NAE_ERA_R-2632_ENSV_TA_Emakeele_Selts_1945-1955, lk 169
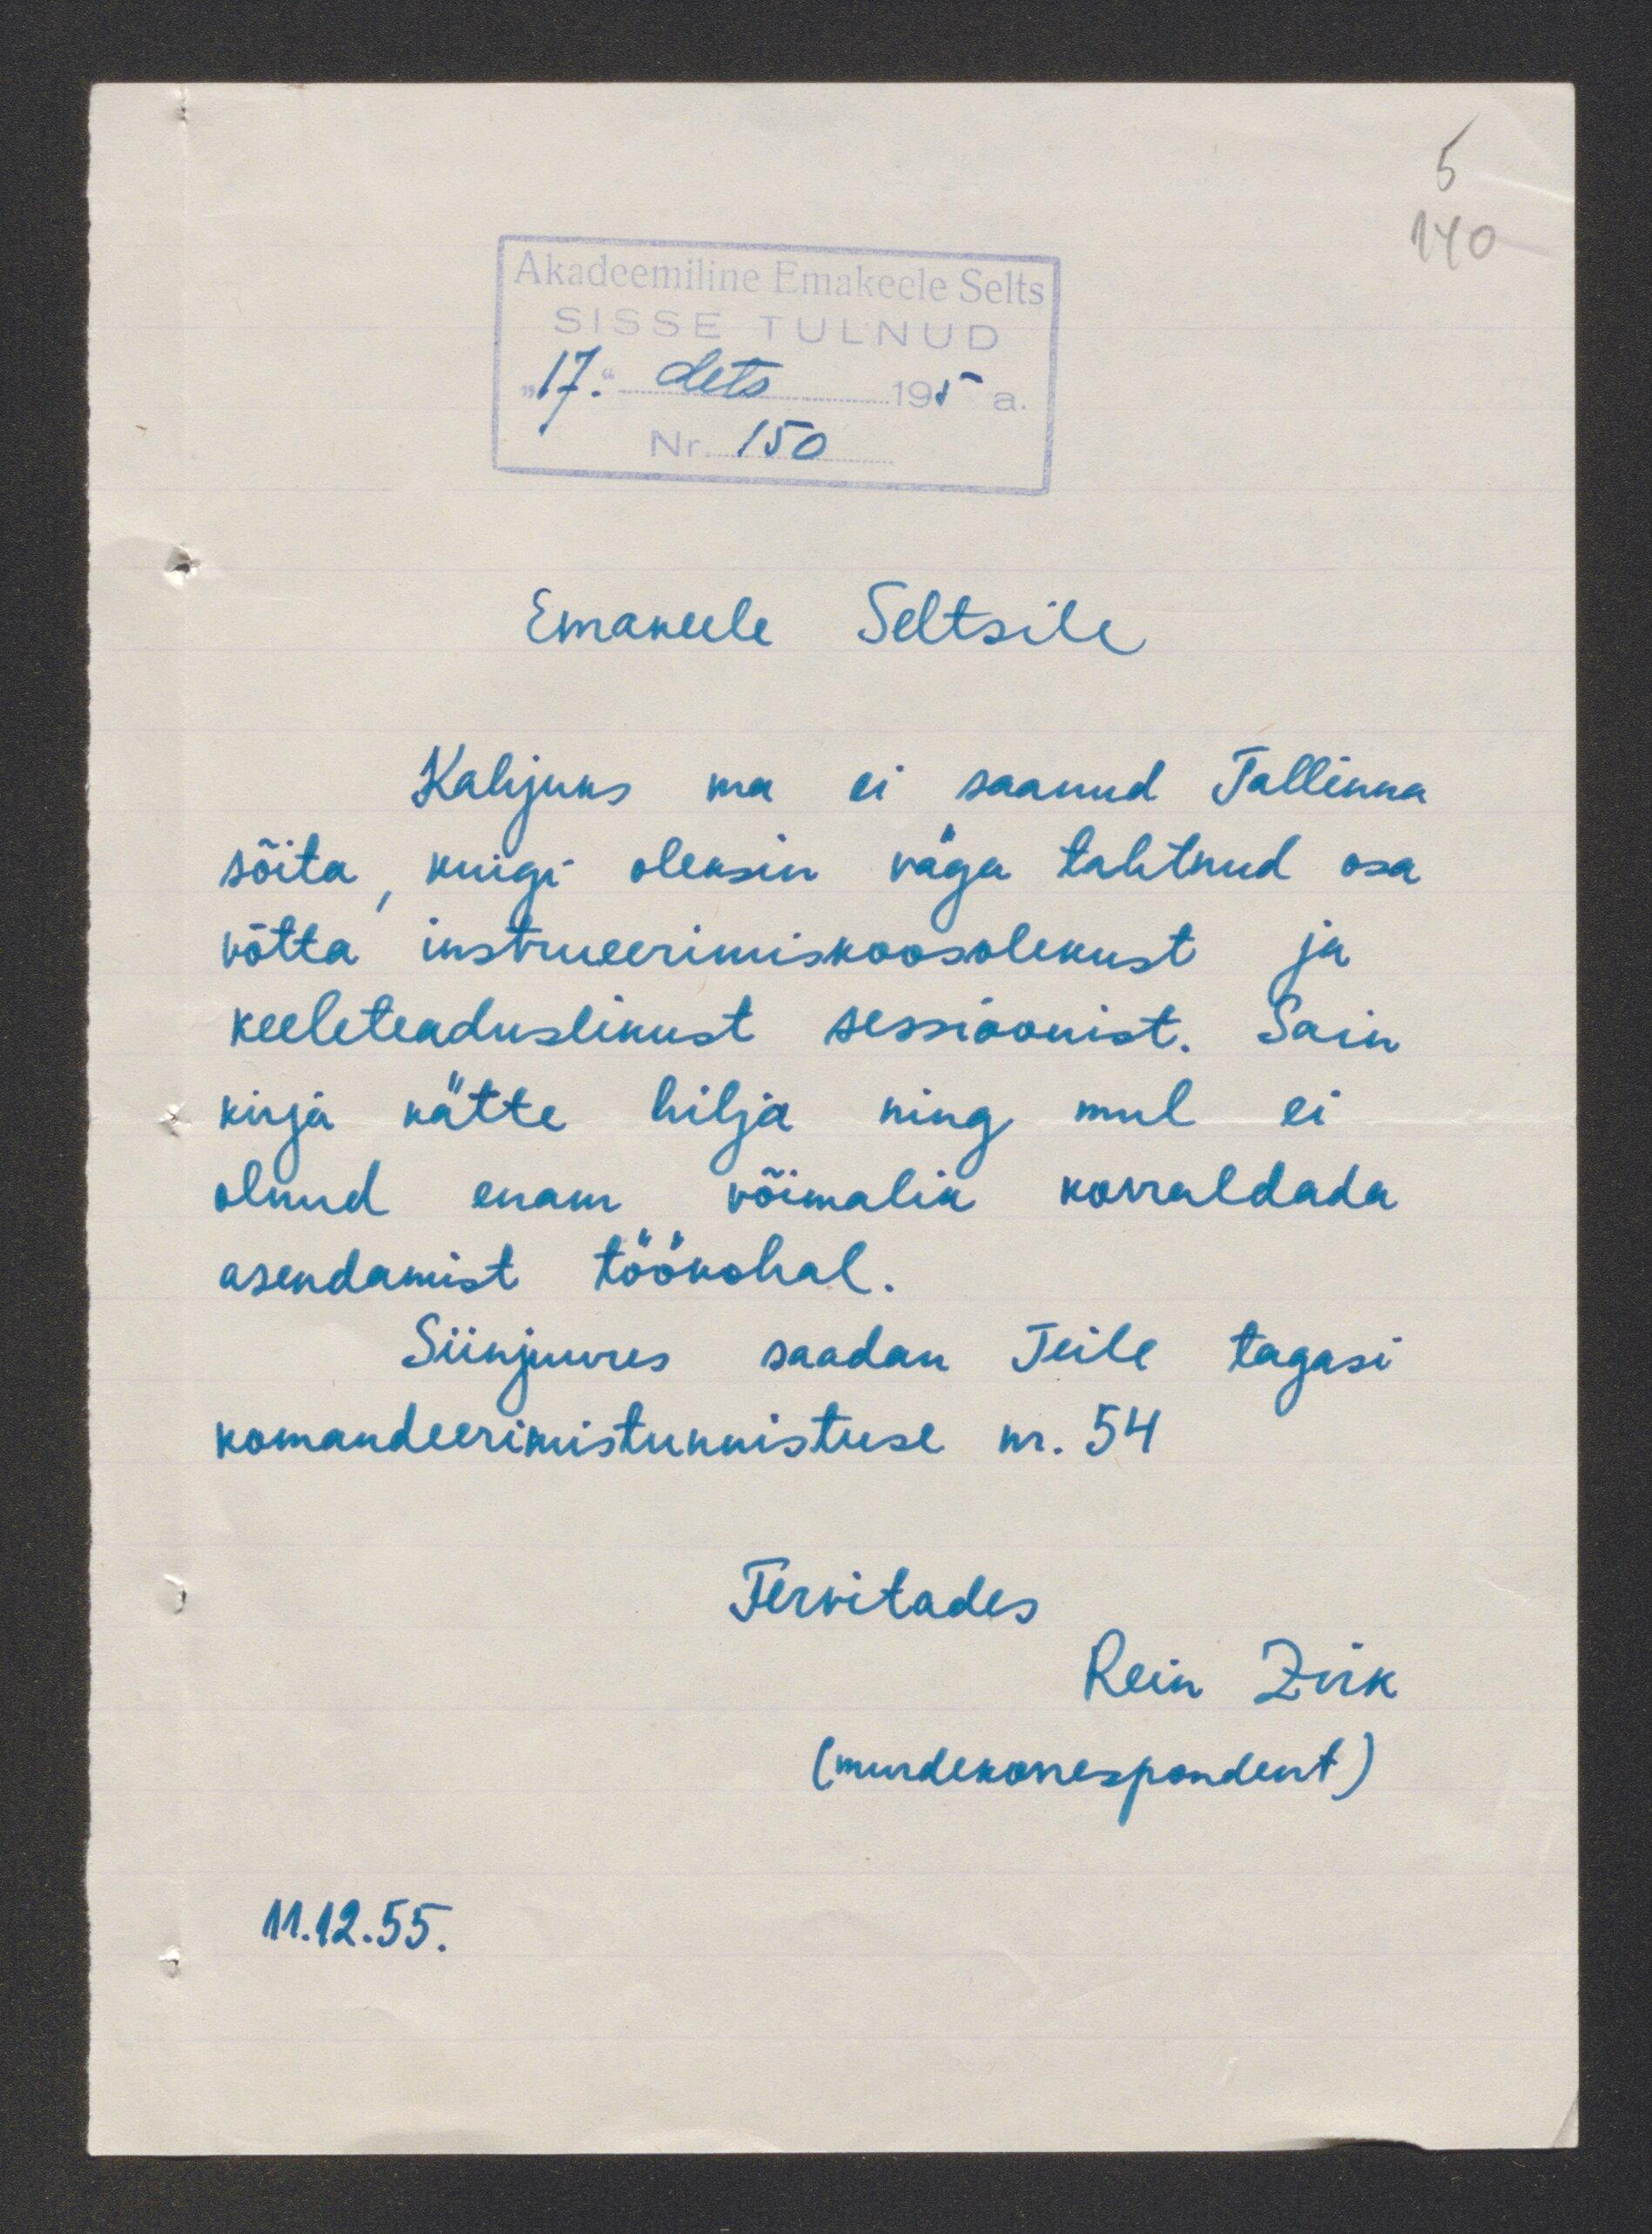
Emakeele Seltsile
Kahjuks ma ei saanud Tallinna
sõita kuigi oleksin väga tahtnud osa
võtta instueerimiskoosolekust ja
keeleteaduslikust sessioonist. Sain
kirja kätte hilja ning mul ei
olnud enam võimalik korraldada
asendamist töökohal
Siinjuures saadan Teile tagasi
komandeerimistunnistuse nr. 54
Tervitades
Rein Zirk.
(murdekorrespondent)
11.12.55.